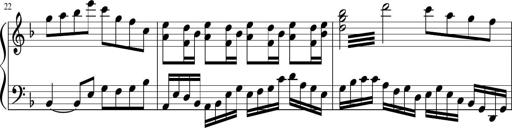
Title: Sonatina in F major
Composer: Ethan Ngo
Key: F major